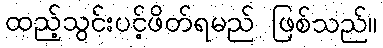
ထည့်သွင်းပင့်ဖိတ်ရမည် ဖြစ်သည်။